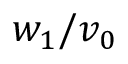
w _ { 1 } / v _ { 0 }